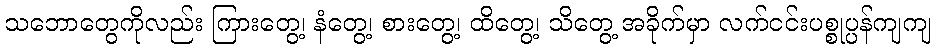
သဘောတွေကိုလည်း ကြားတွေ့၊ နံတွေ့၊ စားတွေ့၊ ထိတွေ့၊ သိတွေ့ အခိုက်မှာ လက်ငင်းပစ္စုပ္ပန်ကျကျ